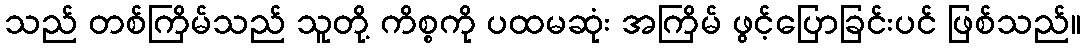
သည် တစ်ကြိမ်သည် သူတို့ ကိစ္စကို ပထမဆုံး အကြိမ် ဖွင့်ပြောခြင်းပင် ဖြစ်သည်။